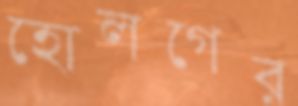
হোলগের